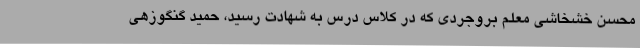
محسن خشخاشی معلم بروجردی که در کلاس درس به شهادت رسید، حمید گنگوزهی